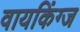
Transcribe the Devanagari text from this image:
वायकिंग्ज